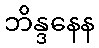
ဘိန္ဒနေန